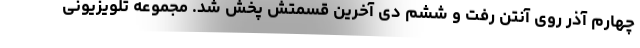
چهارم آذر روی آنتن رفت و ششم دی آخرین قسمتش پخش شد. مجموعه تلویزیونی